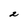
Character: 2